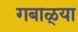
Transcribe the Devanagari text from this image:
गबाळ्या